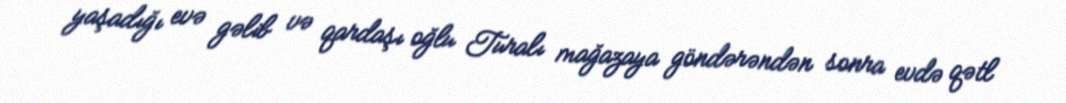
yaşadığı evə gəlib və qardaşı oğlu Turalı mağazaya göndərəndən sonra evdə qətl